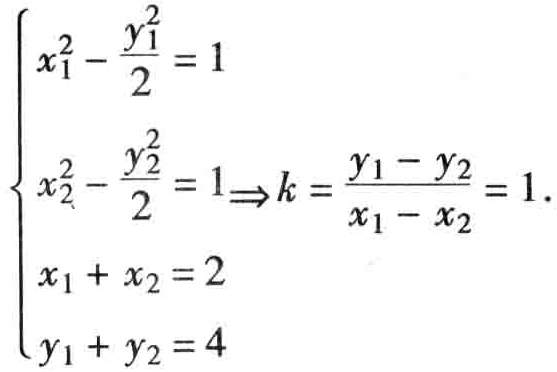
\(\begin{cases}
x_{1}^{2}-\frac{y_{1}^{2}}{2}=1 \\
x_{2}^{2}-\frac{y_{2}^{2}}{2}=1 \\
x_{1}+x_{2}=2 \\
y_{1}+y_{2}=4
\end{cases}\Rightarrow k = \frac{y_{1}-y_{2}}{x_{1}-x_{2}}=1\)